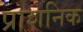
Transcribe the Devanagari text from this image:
प्राशनिक